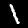
Digit: 1